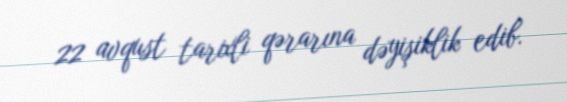
22 avqust tarixli qərarına dəyişiklik edib.